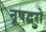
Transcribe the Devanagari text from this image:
नृषद्वरो